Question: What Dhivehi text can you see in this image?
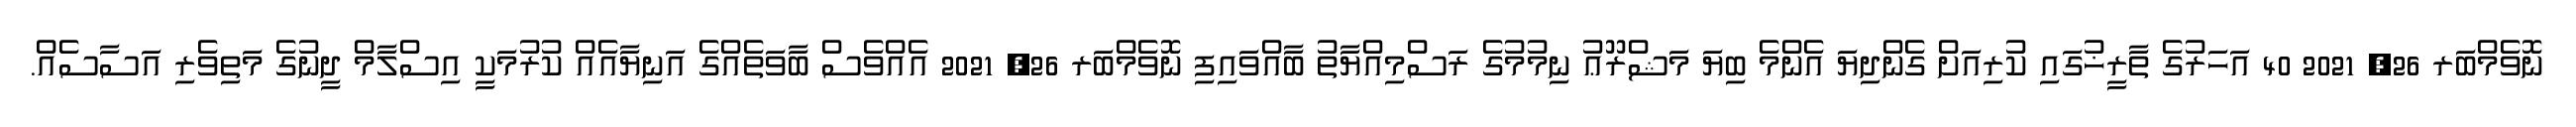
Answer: ނޮވެމްބަރ 26, 2021 40 އަހަރުގެ ތާރީޚުގައި ކުރިއަށް ގެންދިޔަ އެންމެ ބިޔަ މަޝްރޫޢު ނިމުމުގެ ރަސްމިއްޔާތު ބާއްވައިފި ނޮވެމްބަރ 26, 2021 އެއްވެސް ބާވަތެއްގެ އަނިޔާއެއް ކުރުމަކީ އިސްލާމް ދީނުގެ މަތިވެރި އަސާސެއް.